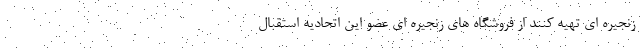
زنجیره ای تهیه کنند از فروشگاه های زنجیره ای عضو این اتحادیه استقبال